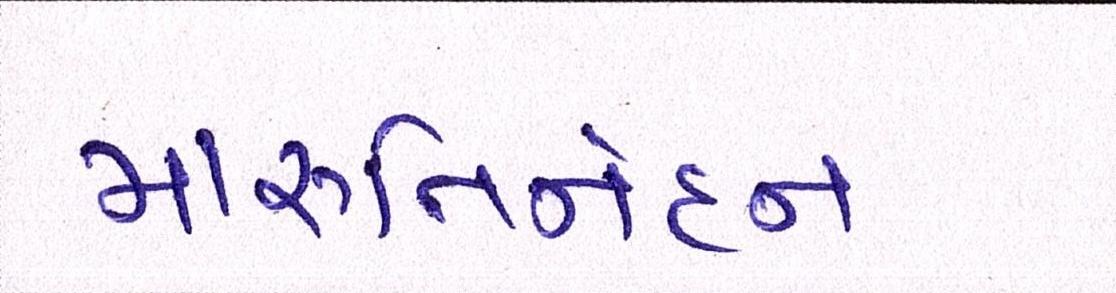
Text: મારૂતિનંદન